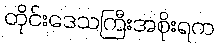
တိုင်းဒေသကြီးအစိုးရက